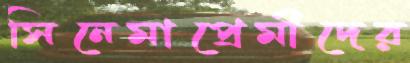
সিনেমাপ্রেমীদের